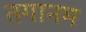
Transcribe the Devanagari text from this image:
तगानम